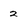
Character: 2